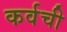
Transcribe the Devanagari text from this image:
कर्वची